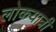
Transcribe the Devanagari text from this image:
लोकयात्री